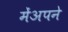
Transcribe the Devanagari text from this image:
मेंअपने